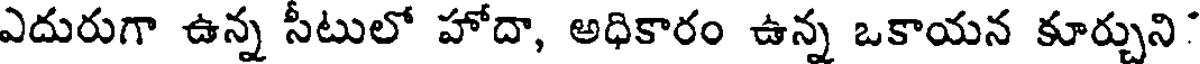
ఎదురుగా ఉన్న సీటులో హోదా, అధికారం ఉన్న ఒకాయన కూర్చుని